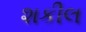
શકીલ